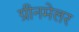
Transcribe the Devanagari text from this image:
ग्रीनमेलर